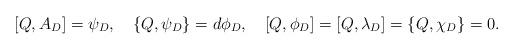
LaTeX: \begin{align*}[Q,A_D]=\psi_D,\quad \{Q, \psi_D\}=d\phi_D,\quad [Q,\phi_D]=[Q,\lambda_D]=\{Q,\chi_D\}=0.\end{align*}